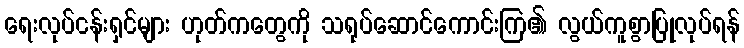
ရေးလုပ်ငန်းရှင်များ ဟုတ်ကတွေကို သရုပ်ဆောင်ကောင်းကြ၏ လွယ်ကူစွာပြုလုပ်ရန်